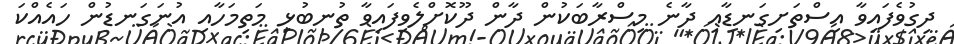
ދިގުވެފައިވާ އިސްތަށިގަނޑާއި ދާނެ މިސްރާބަކުން ދާން ދޫކޮށްލެވިފައިވާ ތުނބުޅި މަތިމަހާއި އުނަގަނޑުން ހައެއްކަ